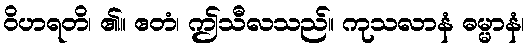
ဝိဟရတိ၊ ၏။ ဧတံ၊ ဤသီလသည်။ ကုသလာနံ ဓမ္မာနံ၊